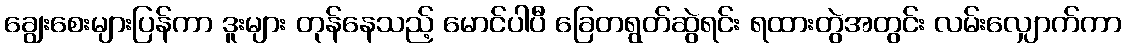
ချွေးစေးများပြန်ကာ ဒူးများ တုန်နေသည့် မောင်ပါပီ ခြေတရွတ်ဆွဲရင်း ရထားတွဲအတွင်း လမ်းလျှောက်ကာ